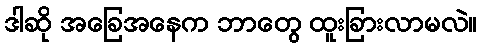
ဒါဆို အခြေအနေက ဘာတွေ ထူးခြားလာမလဲ။